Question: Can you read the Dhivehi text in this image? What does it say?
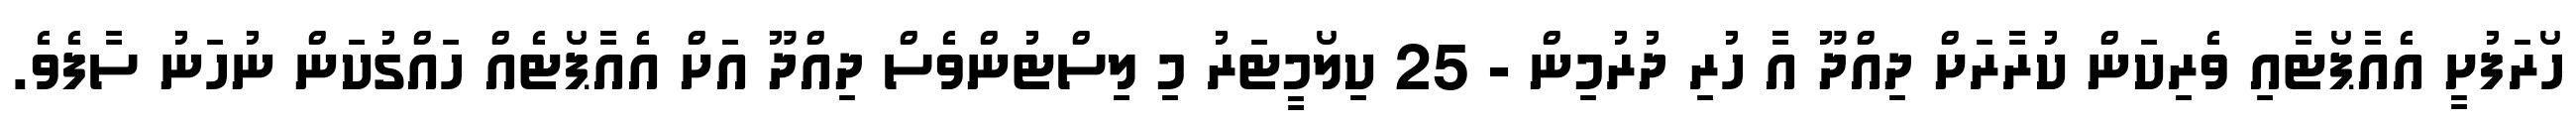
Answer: ހޯރަފުށީ އެއާޕޯޓާއި ވެރިކަން ކުރާރަށް ދިއްދޫ އާ ހުރި ދުރުމިން - 25 ކިލޯމީޓަރު މި ލިސްޓުންވެސް ދިއްދޫ އަށް އެއާޕޯޓެއް ހައްގުކަން ނުހަނު ސާފެވެ.